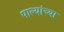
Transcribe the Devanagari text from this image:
पाल्यांच्या